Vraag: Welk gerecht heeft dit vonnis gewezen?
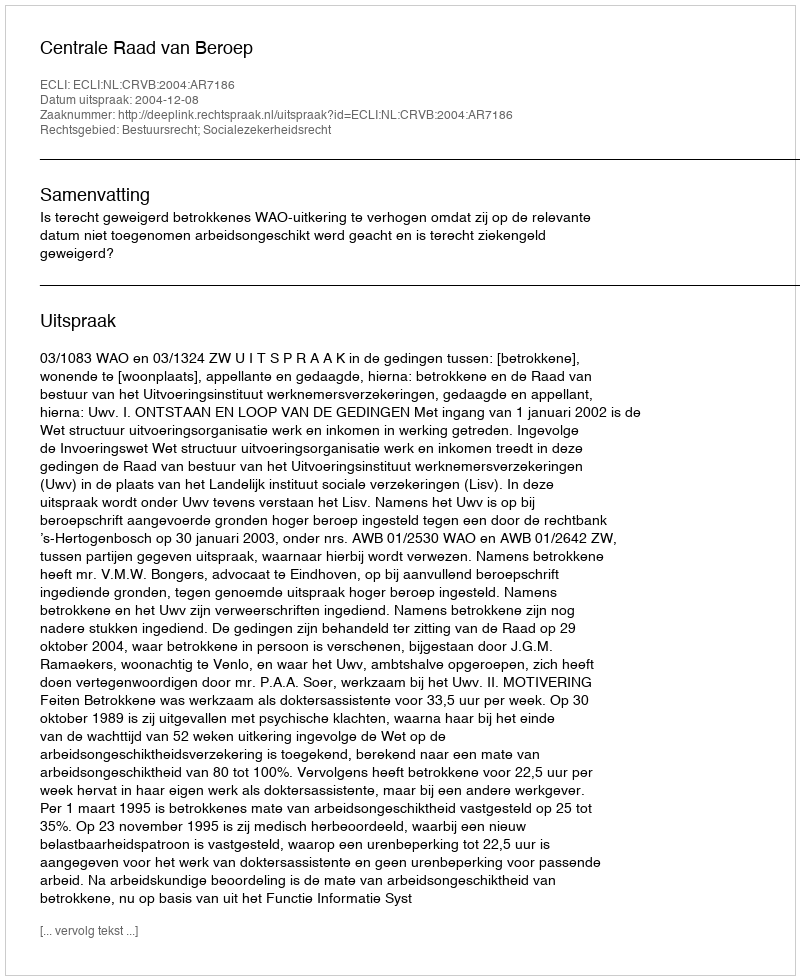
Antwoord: Centrale Raad van Beroep